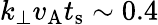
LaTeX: k_{\perp}v_{\mathrm{A}}t_{\mathrm{s}}\sim 0.4